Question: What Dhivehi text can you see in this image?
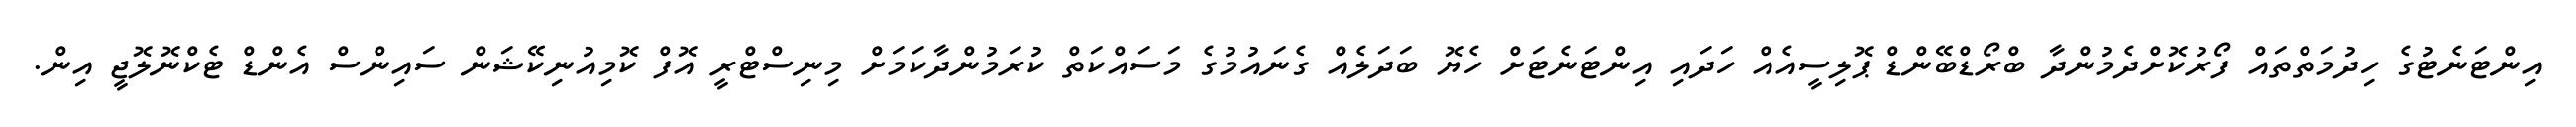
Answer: އިންޓަނެޓުގެ ހިދުމަތްތައް ފޯރުކޮށްދެމުންދާ ބްރޯޑްބޭންޑް ޕޮލިސީއެއް ހަދައި އިންޓަނެޓަށް ހެޔޮ ބަދަލެއް ގެނައުމުގެ މަސައްކަތް ކުރަމުންދާކަމަށް މިނިސްޓްރީ އޮފް ކޮމިއުނިކޭޝަން ސައިންސް އެންޑް ޓެކްނޮލޮޖީ އިން.